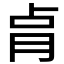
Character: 𰮗